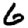
Digit: 6